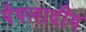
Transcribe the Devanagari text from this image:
पैपलादीय